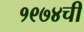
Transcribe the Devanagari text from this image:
१९७४ची